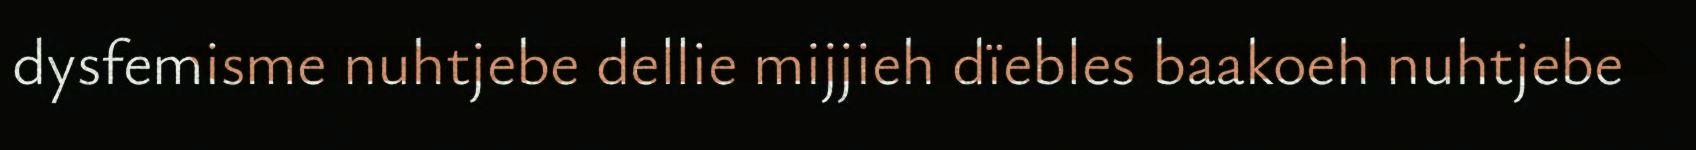
dysfemisme nuhtjebe dellie mijjieh dïebles baakoeh nuhtjebe